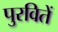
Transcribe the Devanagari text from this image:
पुरवितें